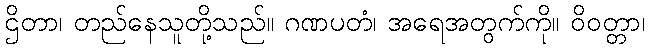
ဌိတာ၊ တည်နေသူတို့သည်။ ဂဏပတံ၊ အရေအတွက်ကို။ ဝိဝတ္တာ၊